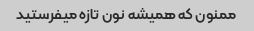
ممنون که همیشه نون تازه میفرستید